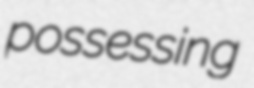
possessing